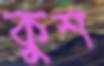
কুশ